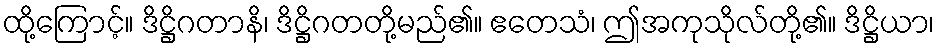
ထို့ကြောင့်။ ဒိဋ္ဌိဂတာနိ၊ ဒိဋ္ဌိဂတတို့မည်၏။ ဧတေသံ၊ ဤအကုသိုလ်တို့၏။ ဒိဋ္ဌိယာ၊